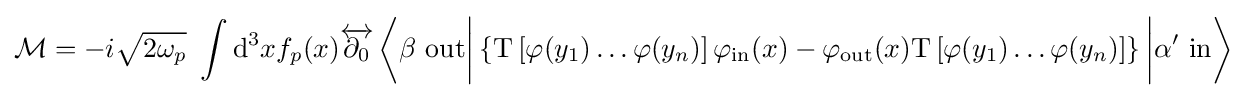
{\mathcal {M}}=-i{\sqrt {2\omega _{p}}}\ \int \mathrm {d} ^{3}xf_{p}(x){\overleftrightarrow {\partial _{0}}}\left\langle \beta \ \mathrm {out} {\bigg |}\left\{\mathrm {T} \left[\varphi (y_{1})\ldots \varphi (y_{n})\right]\varphi _{\mathrm {in} }(x)-\varphi _{\mathrm {out} }(x)\mathrm {T} \left[\varphi (y_{1})\ldots \varphi (y_{n})\right]\right\}{\bigg |}\alpha '\ \mathrm {in} \right\rangle